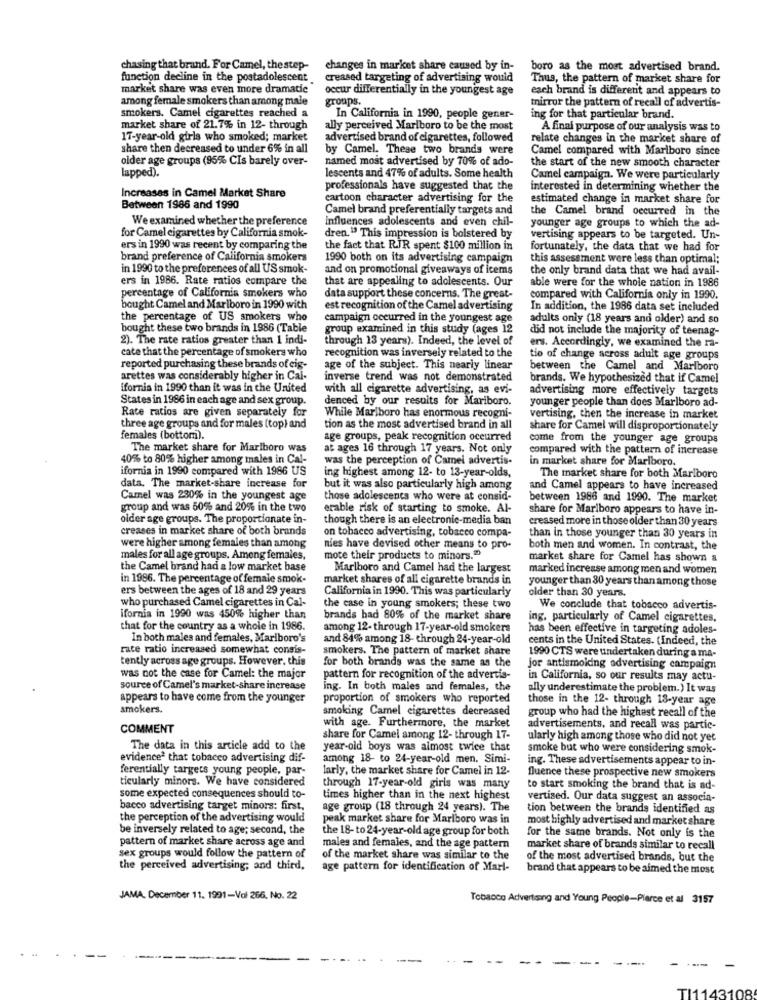
chasing that brand. For Camel, the step-
changes in market share caused by in-
boro as the most advertised brand.
function decline in the postadolescent
creased targeting of advertising would
Thus, the pattern of market share for
market share was even more dramatic
occur differentially in the youngest age
each brand is different and appears to
among female smokers than among male
groups.
mirror the pattern of recall of advertis-
smokers. Camel cigarettes reached a
In California in 1990, people gener-
ing for that particular brand.
market share of 21.7% in 12- through
ally perceived Marlboro to be the most
A final purpose of our analysis was to
17-year-old girls who smoked; market
advertised brand of cigarettes, followed
relate changes in the market share of
share then decreased to under 6% in all
by Camel. These two brands were
Camel compared with Marlboro since
older age groups (95% CIs barely over-
named most advertised by 70% of ado-
the start of the new smooth character
lapped).
lescents and 47% of adults. Some health
Camel campaign. We were particularly
professionals have suggested that the
interested in determining whether the
Increases in Camel Market Share
cartoon character advertising for the
estimated change in market share for
Between 1986 and 1990
Camel brand preferentially targets and
the Camel brand occurred in the
We examined whether the preference
influences adolescents and even chil-
younger age groups to which the ad-
for Camel cigarettes by California smok-
dren.13 This impression is bolstered by
vertising appears to be targeted. Un-
ers in 1990 was recent by comparing the
the fact that RJR spent $100 million in
fortunately, the data that we had for
brand preference of California smokers
1990 both on its advertising campaign
this assessment were less than optimal;
in 1990 to the preferences of all US smok-
and on promotional giveaways of icems
the only brand data that we had avail-
ers in 1986. Rate ratios compare the
that are appealing to adolescents. Our
able were for the whole nation in 1986
percentage of California smokers who
data support these concerns. The great-
compared with California only in 1990.
bought Camel and Marlboro in 1990 with
est recognition of the Camel advertising
In addition, the 1986 data set included
the percentage of US smokers who
campaign occurred in the youngest age
adults only (18 years and older) and so
bought these two brands in 1986 (Table
group examined in this study (ages 12
did not include the majority of teenag-
2). The rate ratios greater than 1 indi-
through 13 years). Indeed, the level of
ers. Accordingly, we examined the ra-
cate that the percentage of smokers who
recognition was inversely related to the
tio of change across adult age groups
reported purchasing these brands of eig-
age of the subject. This nearly linear
between the Camel and Marlboro
arettes was considerably higher in Cai-
inverse trend was not demonstrated
brands. We hypothesized that if Camel
ifornia in 1990 than it was in the United
with all cigarette advertising, as evi-
advertising more effectively targets
States in 1986 in each age and sex group.
denced by our results for Mariboro.
younger people than does Marlboro ad-
Rate ratios are given separately for
While Marlboro has enormous recogni-
vertising, then the increase in market
three age groups and for males (top) and
tion as the most advertised brand in all
share for Camel will disproportionately
females (bottom).
age groups, peak recognition occurred
come from the younger age groups
The market share for Marlboro was
at ages 16 through 17 years. Not only
compared with the pattern of increase
40% to 80% higher among males in Cal-
was the perception of Camel advertis-
in market share for Marlboro.
ifornia in 1990 compared with 1986 US
ing highest among 12- to 13-year-olds,
The market share for both Marlboro
data. The market-share increase for
but it was also particularly high among
and Camel appears to have increased
Camel was 230% in the youngest age
those adolescents who were at consid-
between 1986 and 1990. The market
group and was 50% and 20% in the two
erable risk of starting to smoke. Al-
share for Marlboro appears to have in-
older age groups. The proportionate in-
though there is an electronic-media ban
creased more in those older than 30 years
creases in market share of both brands
on tobacco advertising, tobacco compa-
than in those younger than 30 years in
were higher among females than among
nies have devised other means to pro-
both men and women. In contrast, the
males for all age groups. Among females,
mote their products to minors."
market share for Camel has shown &
the Camel brand had a low market base
Marlboro and Camel had the largest
marked increase among men and women
in 1986. The percentage of female smok-
market shares of all cigarette brands in
younger than 80 years than among those
ers between the ages of 18 and 29 years
California in 1990. This was particularly
older than 30 years.
who purchased Camel cigarettes in Cal-
the case in young smokers; these two
We conclude that tobacco advertis-
ifornia in 1990 was 450% higher than
brands had 80% of the market share
ing, particularly of Camel cigarettes.
that for the country as a whole in 1986.
among 12- through 17-year-old smokers
has been effective in targeting adoles-
In both males and females, Marlboro's
and 84% among 18- through 24-year-old
cents in the United States. (Indeed, the
rate ratio increased somewhat consis-
smokers. The pattern of market share
tently across age groups. However, this
for both brands was the same as the
1990 CTS were undertaken during a ma-
jor antismoiding advertising campaign
was not the case for Camel: the major
pattern for recognition of the advertis-
in California, so our results may actu-
source of Camel's market-share increase
ing. In both males and females, the
ally underestimate the problem.) It was
appears to have come from the younger
proportion of smokers who reported
those in the 12- through 18-year age
smokers.
smoking Camel cigarettes decreased
group who had the highest recall of the
COMMENT
with age. Furthermore, the market
advertisements, and recall was partic-
share for Camel among 12- through 17-
ularly high among those who did not yet
The data in this article add to the
year-old boys was almost twice that
smoke but who were considering smok-
evidence that tobacco advertising dif-
among 18- to 24-year-old men. Simi-
ing. These advertisements appear to in-
ferentially targets young people, par-
larly, the market share for Camel in 12-
ticularly minors. We have considered
fluence these prospective new smokers
through 17-year-old girls was many
to start smoking the brand that is ad-
some expected consequences should to-
times higher than in the next highest
vertised. Our data suggest an associa-
bacco advertising target minors: first,
age group (18 through 24 years). The
tion between the brands identified as
the perception of the advertising would
peak market share for Marlboro was in
most highly advertised and market share
be inversely related to age; second, the
the 18- to 24-year-old age group for both
pattern of market share across age and
for the same brands. Not only is the
males and females, and the age pattern
market share of brands similar to recall
sex groups would follow the pattern of
of the market share was similar to the
of the most advertised brands, but the
the perceived advertising; and third,
age pattern for identification of Marl-
brand that appears to be aimed the most
JAMA. December 11. 1991-Vol 266, No. 22
Tobacco Advertising and Young People-Plarce et al 3157
TI1143-